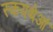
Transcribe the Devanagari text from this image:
स्कयथेआं